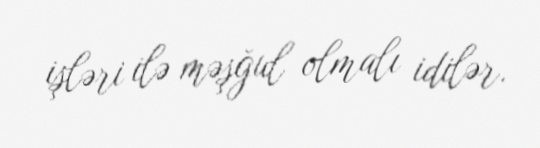
işləri ilə məşğul olmalı idilər.